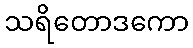
သရိတောဒကော